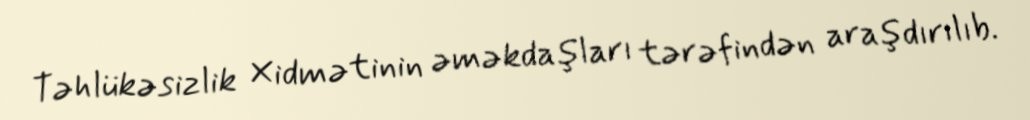
Təhlükəsizlik Xidmətinin əməkdaşları tərəfindən araşdırılıb.